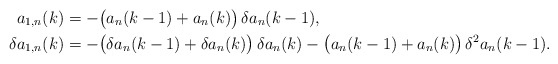
\begin{align*}a_{1,n}(k)&=-\bigl(a_n(k-1)+a_n(k)\bigr)\,\delta a_n(k-1),\\\delta a_{1,n}(k)&=-\bigl(\delta a_n(k-1)+\delta a_n(k)\bigr)\,\delta a_n(k)-\bigl(a_n(k-1)+a_n(k)\bigr)\,\delta^2a_n(k-1).\end{align*}